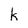
Character: k